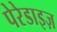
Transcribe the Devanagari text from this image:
पेरेडाइज़